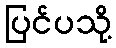
ပြင်ပသို့